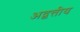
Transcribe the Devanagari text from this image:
अद्वत्तीय